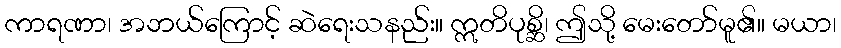
ကာရဏာ၊ အဘယ်ကြောင့် ဆဲရေးသနည်း။ ဣတိပုစ္ဆိ၊ ဤသို့ မေးတော်မူ၏။ မယာ၊